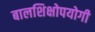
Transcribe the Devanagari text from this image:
बालशिक्षोपयोगी